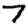
Digit: 7